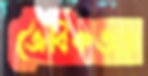
জৈবিকতায়